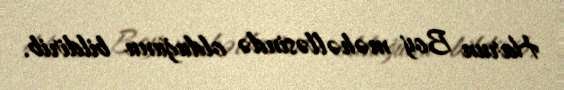
Harun Boy məhəlləsində olduğunu bildirib.